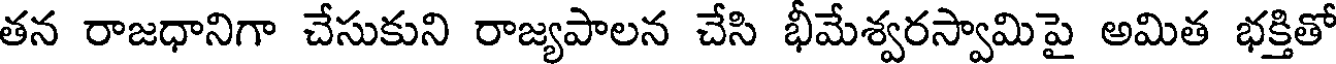
తన రాజధానిగా చేసుకుని రాజ్యపాలన చేసి భీమేశ్వరస్వామిపై అమిత భక్తితో